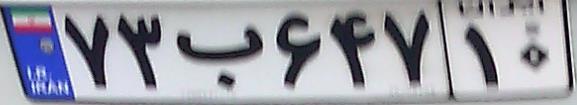
۷۳ب۶۴۷۱۰